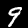
Label: 9